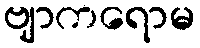
ဗျာကရောမ